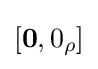
{\textstyle [{\bf {0}},0_{\rho }]}